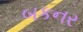
બકનર